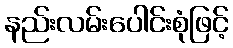
နည်းလမ်းပေါင်းစုံဖြင့်